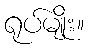
ရုပ်မျိုး။